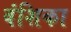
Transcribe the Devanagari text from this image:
वंशिका